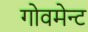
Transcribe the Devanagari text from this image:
गोवमेन्ट